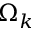
\Omega _ { k }